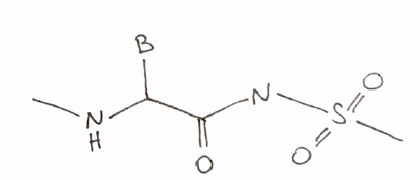
Simplified molecular-input line-entry system (SMILES) notation of the given molecule:
[B]C(C(=O)NS(=O)(=O)C)NC